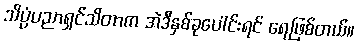
သိပ္ပံပညာရှင်သိတာက အဲဒီနှစ်ခုပေါင်းရင် ရေဖြစ်တယ်။